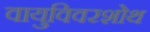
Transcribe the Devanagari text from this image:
वायुविवरशोथ